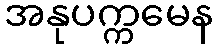
အနုပက္ကမေန